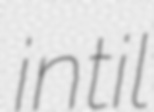
intil